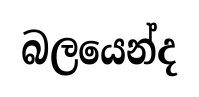
බලයෙන්ද